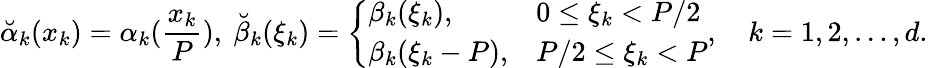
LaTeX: {\breve{\alpha}}_{k}(x_{k})=\alpha_{k}(\frac{x_{k}}{P}),~{\breve{\beta}}_{k}(\xi_{k})=\left\{ \begin{array}{ll}{\beta_{k}(\xi_{k}),}&{0\leq\xi_{k}<P/2}\\ {\beta_{k}(\xi_{k}-P),}&{P/2\leq\xi_{k}<P}\end{array}\right.,\quad k=1,2,\ldots,d.